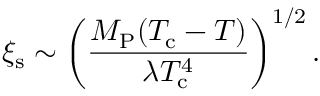
\xi _ { \mathrm { s } } \sim \left( \frac { M _ { \mathrm { P } } ( T _ { \mathrm { c } } - T ) } { \lambda T _ { \mathrm { c } } ^ { 4 } } \right) ^ { 1 / 2 } .